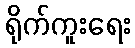
ရိုက်ကူးရေး